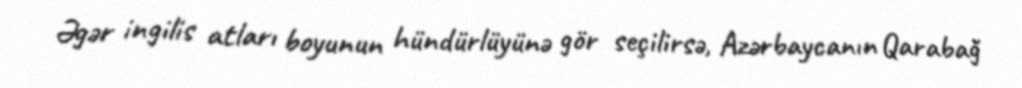
Əgər ingilis atları boyunun hündürlüyünə gör seçilirsə, Azərbaycanın Qarabağ